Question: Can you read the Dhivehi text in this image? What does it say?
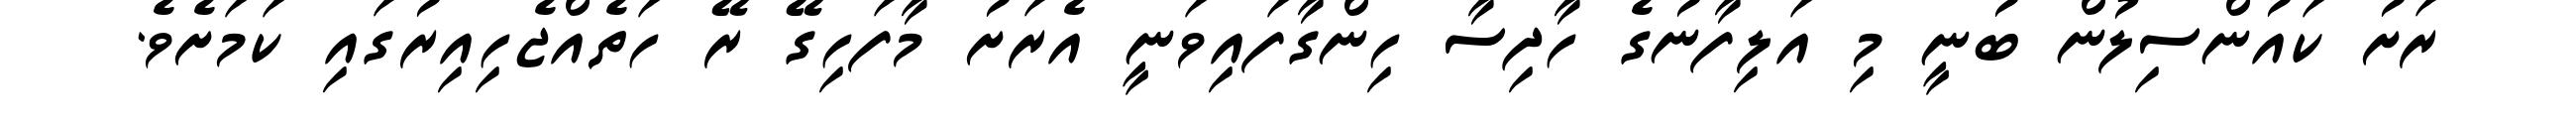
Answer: ރަށު ކައުންސިލުން ބުނީ މި އަލިފާނުގެ ހާދިސާ ހިންގާފައިވަނީ އެރަށު މާފަހިގޭ ރޭ ހަތެއްޖެހިއިރުގައި ކަމަށެވެ.